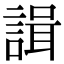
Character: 諿